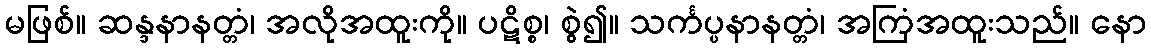
မဖြစ်။ ဆန္ဒနာနတ္တံ၊ အလိုအထူးကို။ ပဋိစ္စ၊ စွဲ၍။ သင်္ကပ္ပနာနတ္တံ၊ အကြံအထူးသည်။ နော